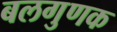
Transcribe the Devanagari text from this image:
बलगुणक